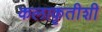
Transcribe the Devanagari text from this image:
कलाकृतीशी